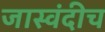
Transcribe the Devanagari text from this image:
जास्वंदीच